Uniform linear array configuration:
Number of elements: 64
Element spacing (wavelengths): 0.75
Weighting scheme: hann
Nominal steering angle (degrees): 30
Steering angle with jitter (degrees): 28.125
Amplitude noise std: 0.05
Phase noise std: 0.05

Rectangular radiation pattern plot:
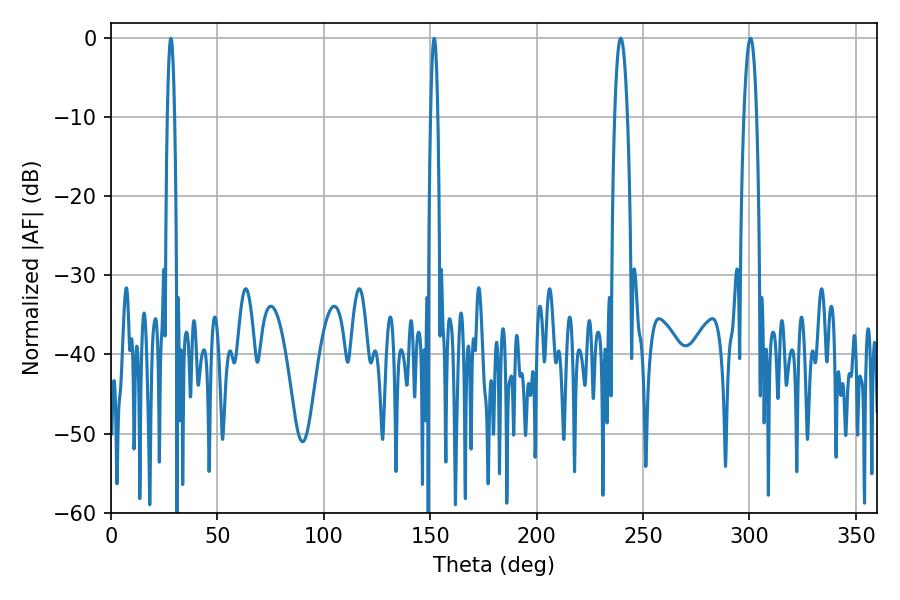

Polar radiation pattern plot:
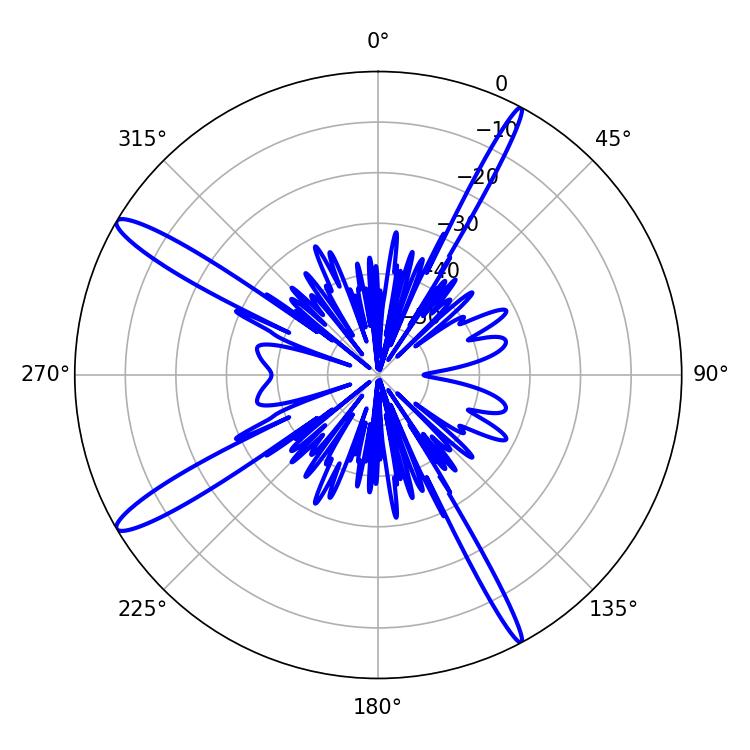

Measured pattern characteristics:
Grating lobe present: TRUE
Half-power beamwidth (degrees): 3.24
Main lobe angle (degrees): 300.42